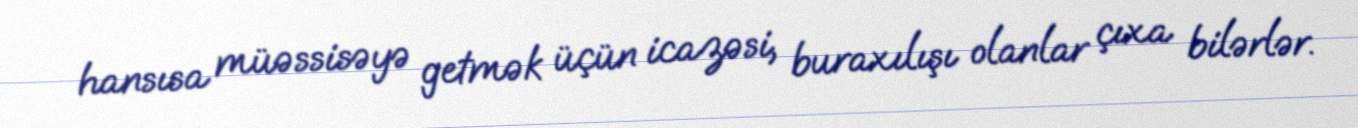
hansısa müəssisəyə getmək üçün icazəsi, buraxılışı olanlar çıxa bilərlər.